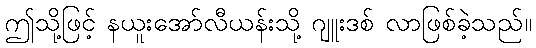
ဤသို့ဖြင့် နယူးအော်လီယန်းသို့ ဂျူးဒစ် လာဖြစ်ခဲ့သည်။